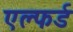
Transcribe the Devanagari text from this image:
एल्फर्ड